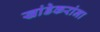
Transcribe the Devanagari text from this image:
खांडेकरांना